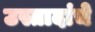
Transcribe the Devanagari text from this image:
उस्तादांचे